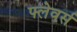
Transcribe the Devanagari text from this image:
फ्लेवर्स